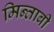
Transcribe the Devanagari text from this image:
मिन्ताबी